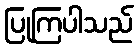
ပြုကြပါသည်